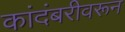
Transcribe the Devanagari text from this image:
कांदंबरीवरून